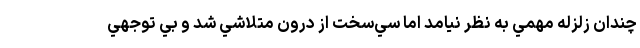
چندان زلزله مهمي به نظر نيامد اما سي‌سخت از درون متلاشي شد و بي توجهي